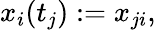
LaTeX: x_{i}(t_{j}):=x_{ji},